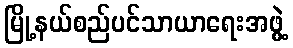
မြို့နယ်စည်ပင်သာယာရေးအဖွဲ့